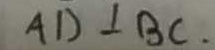
A D \bot B C .